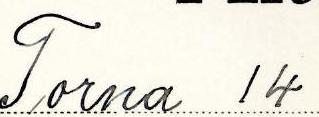
Torna 14